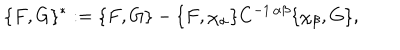
LaTeX: \{ F , G \} ^ { * } : = \{ F , G \} - \{ F , \chi _ { \alpha } \} C ^ { - 1 \, \alpha \beta } \{ \chi _ { \beta } , G \} ,